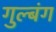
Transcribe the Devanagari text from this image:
गुल्बंग